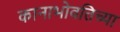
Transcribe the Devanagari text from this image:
कानाभोवतिच्या